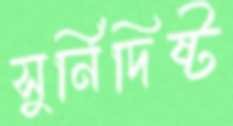
সুর্নিদিষ্ট